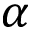
\alpha